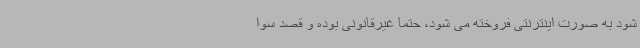
شود به صورت اینترنتی فروخته می شود، حتما غیرقانونی بوده و قصد سوا